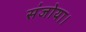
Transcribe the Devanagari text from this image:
संजोया।